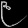
Digit: ၉